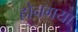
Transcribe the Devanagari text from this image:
होनगया